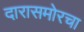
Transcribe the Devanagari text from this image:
दारासमोरचा